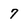
Character: 7